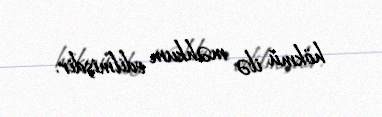
hökmü ilə məhkum edilmişdir.